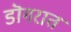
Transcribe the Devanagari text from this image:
डॊगरात